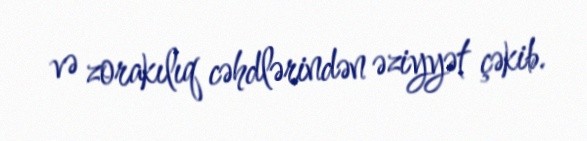
və zorakılıq cəhdlərindən əziyyət çəkib.